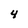
Character: 4